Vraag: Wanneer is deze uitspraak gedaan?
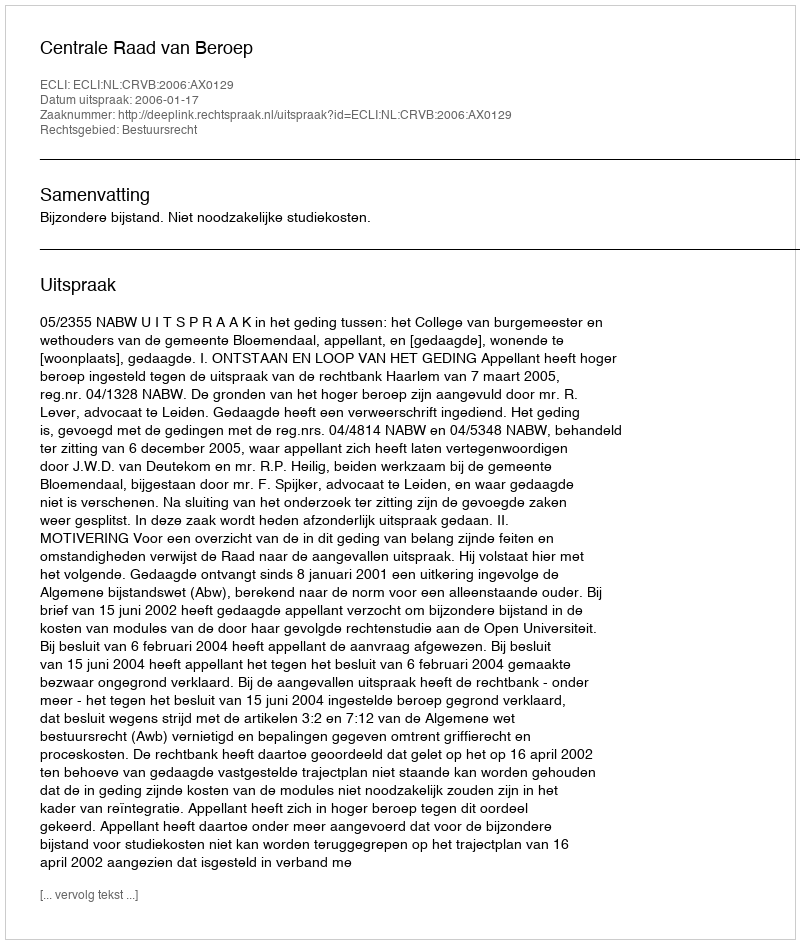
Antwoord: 2006-01-17